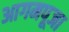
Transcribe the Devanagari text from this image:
आगमपूजा